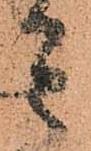
者